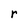
Character: r